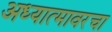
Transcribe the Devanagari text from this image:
अध्यात्मावरचा